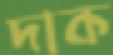
দাক